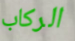
الركاب